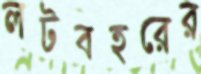
লটবহরের